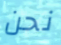
نحن